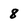
Character: 8